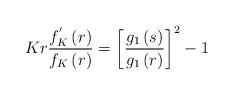
LaTeX: \begin{align*}Kr\frac{f_{K}^{'}\left(r\right)}{f_{K}\left(r\right)}=\left[\frac{g_{1}\left(s\right)}{g_{1}\left(r\right)}\right]^{2}-1\end{align*}